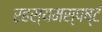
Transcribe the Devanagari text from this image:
रहस्यमस्पष्टं